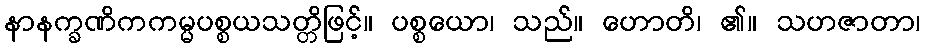
နာနက္ခဏိကကမ္မပစ္စယသတ္တိဖြင့်။ ပစ္စယော၊ သည်။ ဟောတိ၊ ၏။ သဟဇာတာ၊